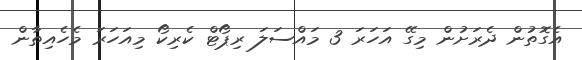
އެގޮތުން ދެރަށުން މިގޭ އަހަރަ 3 މައްސަލަ ރިޕޯޓް ކެރިކޯ މިއަހަރަ މެހެއިތާން